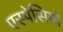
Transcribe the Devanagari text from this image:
एस्पेसियो